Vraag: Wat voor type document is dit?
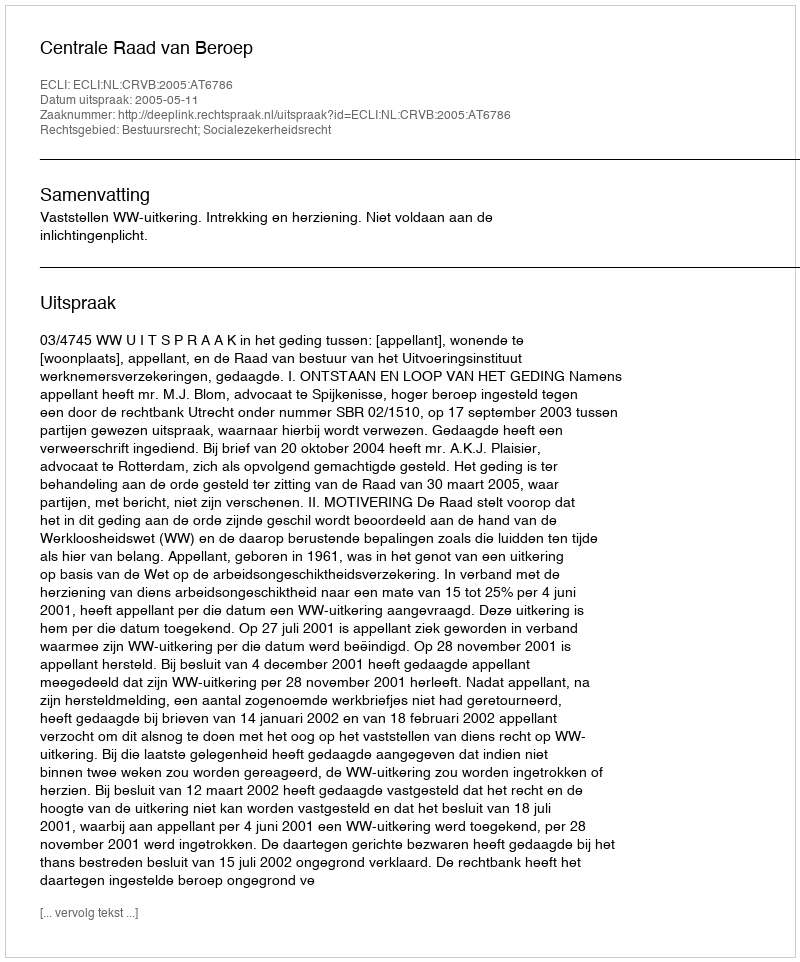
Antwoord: Uitspraak